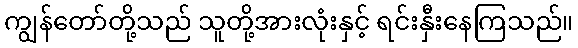
ကျွန်တော်တို့သည် သူတို့အားလုံးနှင့် ရင်းနှီးနေကြသည်။